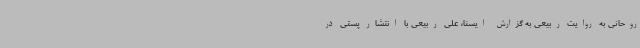
روحانی به روایت ربیعی به گزارش ایسنا، علی ربیعی با انتشار پستی در